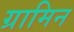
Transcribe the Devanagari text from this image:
ग्रामिन